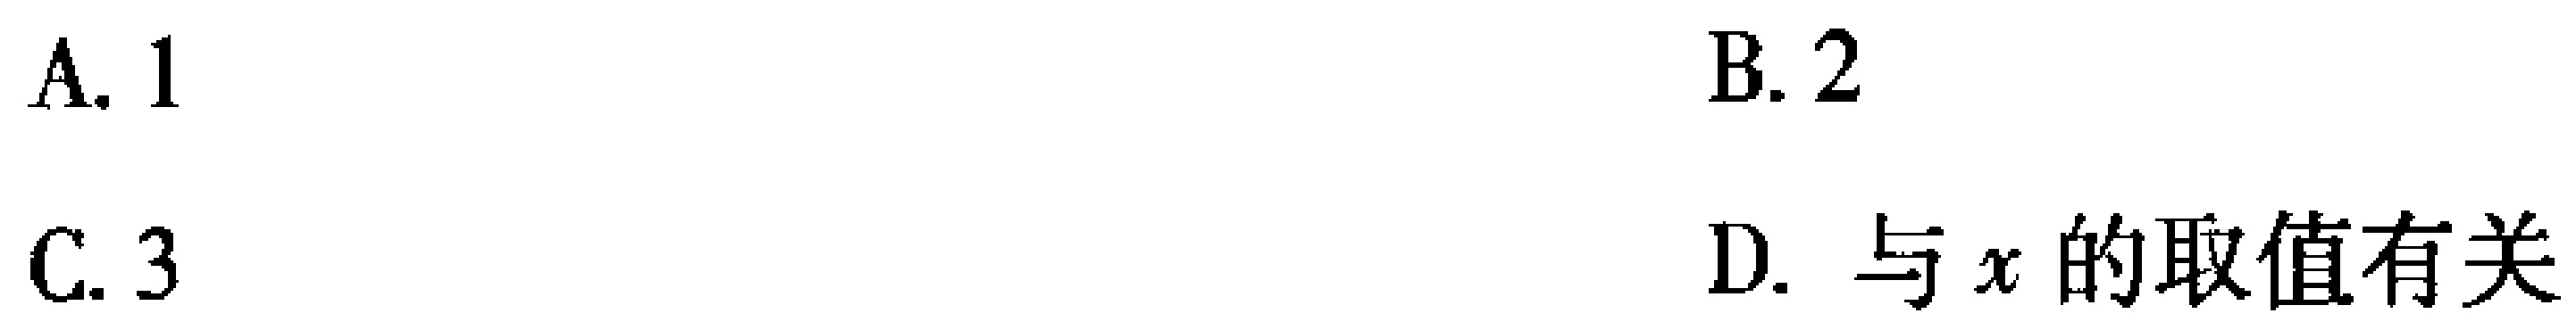
A. 1

B. 2

C. 3

D. 与\(x\)的取值有关